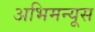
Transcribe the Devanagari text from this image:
अभिमन्यूस